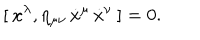
[ \: x ^ { \lambda } , \eta _ { \mu \nu } \, \dot { x } ^ { \mu } \, \dot { x } ^ { \nu } \: ] = 0 .